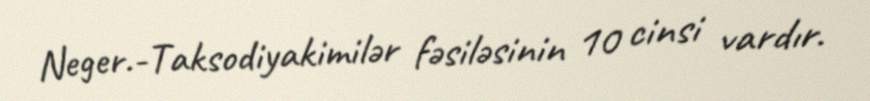
Neger.-Taksodiyakimilər fəsiləsinin 10 cinsi vardır.